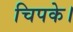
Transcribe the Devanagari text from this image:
चिपके।